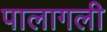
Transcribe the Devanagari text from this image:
पालागली